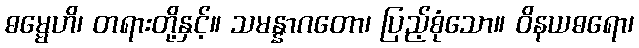
ဓမ္မေဟိ၊ တရားတို့နှင့်။ သမန္နာဂတော၊ ပြည့်စုံသော။ ဝိနယဓရော၊